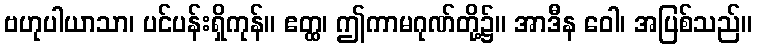
ဗဟုပါယာသာ၊ ပင်ပန်းရှိကုန်။ ဧတ္ထ၊ ဤကာမဂုဏ်တို့၌။ အာဒီန ဝေါ၊ အပြစ်သည်။